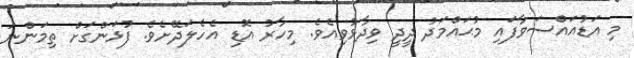
މި އަޑުއައްސަވާފައި މުޙައްމަދު ދީދީ ވިދާޅުވިއެވެ. މިހާރު އޮޑި އެހެލަދޭށެވެ. ފުޅަންގަށް ތިމަންނަ